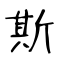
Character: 斯